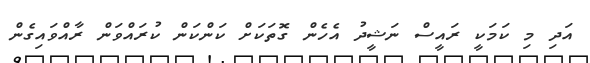
އަދި މި ކަމަކީ ރައީސް ނަޝީދު އެހެން ގޮތަކަށް ކަންކަން ކުރައްވަން ރާއްވައިގެން